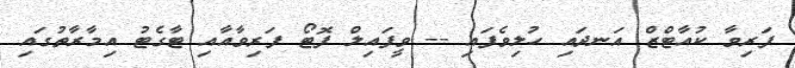
ފަރިވާ ކުއާޓްޒް އަނދައި ހުލިވެފައި -- ވީފައިލް ފޮޓޯ ފަރިވާއާއި ޓާގެޓު އިމާރާތުގައި